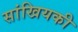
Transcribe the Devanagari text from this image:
सांखियकी